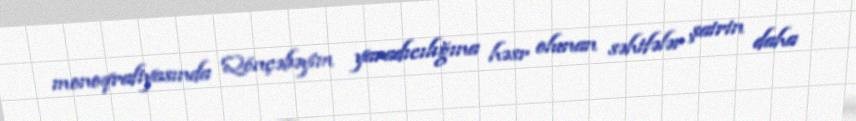
monoqrafiyasında Qönçəbəyim yaradıcılığına həsr olunan səhifələr şairin daha